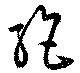
絶